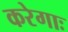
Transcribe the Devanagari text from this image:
करेगाः